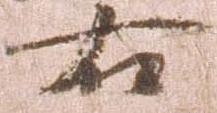
右